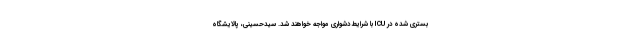
بستری شده در ICU با شرایط دشواری مواجه خواهند شد. سیدحسینی، پالایشگاه